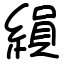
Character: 縜